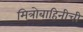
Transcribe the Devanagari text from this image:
मित्रोबाहिनीची